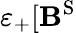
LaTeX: \varepsilon_{+}[\mathbf{B}^{\mathrm{S}}